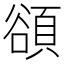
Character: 𬤴